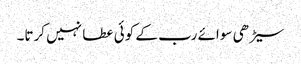
سیڑھی سوائے رب کے کوئی عطا نہیں کرتا۔